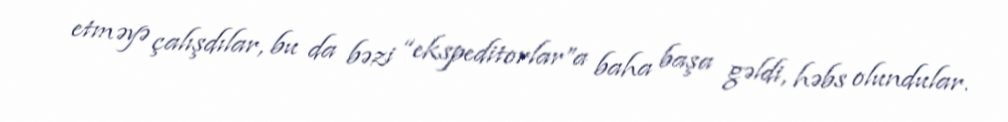
etməyə çalışdılar, bu da bəzi “ekspeditorlar”a baha başa gəldi, həbs olundular.